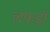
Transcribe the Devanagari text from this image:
लफड़ों